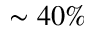
\sim 4 0 \%